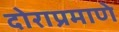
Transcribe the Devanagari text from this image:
दोराप्रमाणे